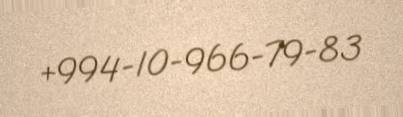
+994-10-966-79-83